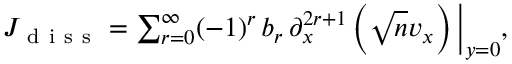
\begin{array} { r } { J _ { \mathrm { ~ d ~ i ~ s ~ s ~ } } = \sum _ { r = 0 } ^ { \infty } ( - 1 ) ^ { r } \, b _ { r } \, \partial _ { x } ^ { 2 r + 1 } \left( \sqrt { n } v _ { x } \right) \Big | _ { y = 0 } , } \end{array}